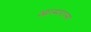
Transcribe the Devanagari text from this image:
आत्मरात्मा